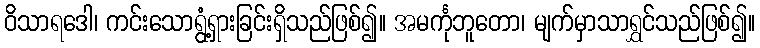
ဝိသာရဒေါ၊ ကင်းသောရွံ့ရှားခြင်းရှိသည်ဖြစ်၍။ အမင်္ကုဘူတော၊ မျက်မှာသာရွှင်သည်ဖြစ်၍။